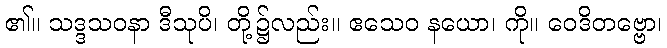
၏။ သဒ္ဒသဝနာ ဒီသုပိ၊ တို့၌လည်း။ ဧသေဝ နယော၊ ကို။ ဝေဒိတဗ္ဗော၊